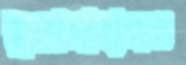
ডুবোজাহাজও